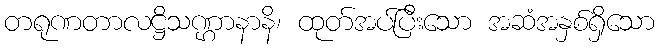
တရုဏတာလဋ္ဌိသဏ္ဌာနာနိ၊ ထုတ်အပ်ပြီးသော အဆံအနှစ်ရှိသော